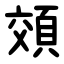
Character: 頝